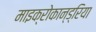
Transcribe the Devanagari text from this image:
माइक्रोकान्ड्रिया